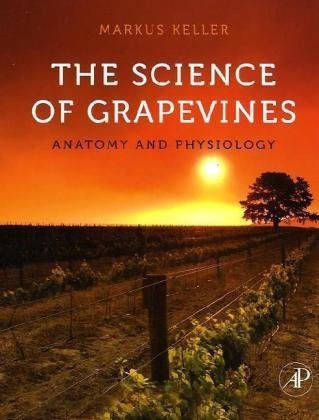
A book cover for The Science of Grapevines: Anatomy and Physiology; Markus Keller; Science & Math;